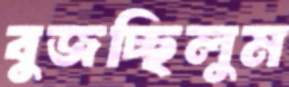
বুজচ্ছিলুম